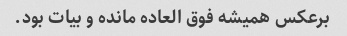
برعکس همیشه فوق العاده مانده و بیات بود.